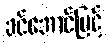
ခင်အောင်မြင့်